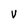
Character: V